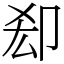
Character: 㕁